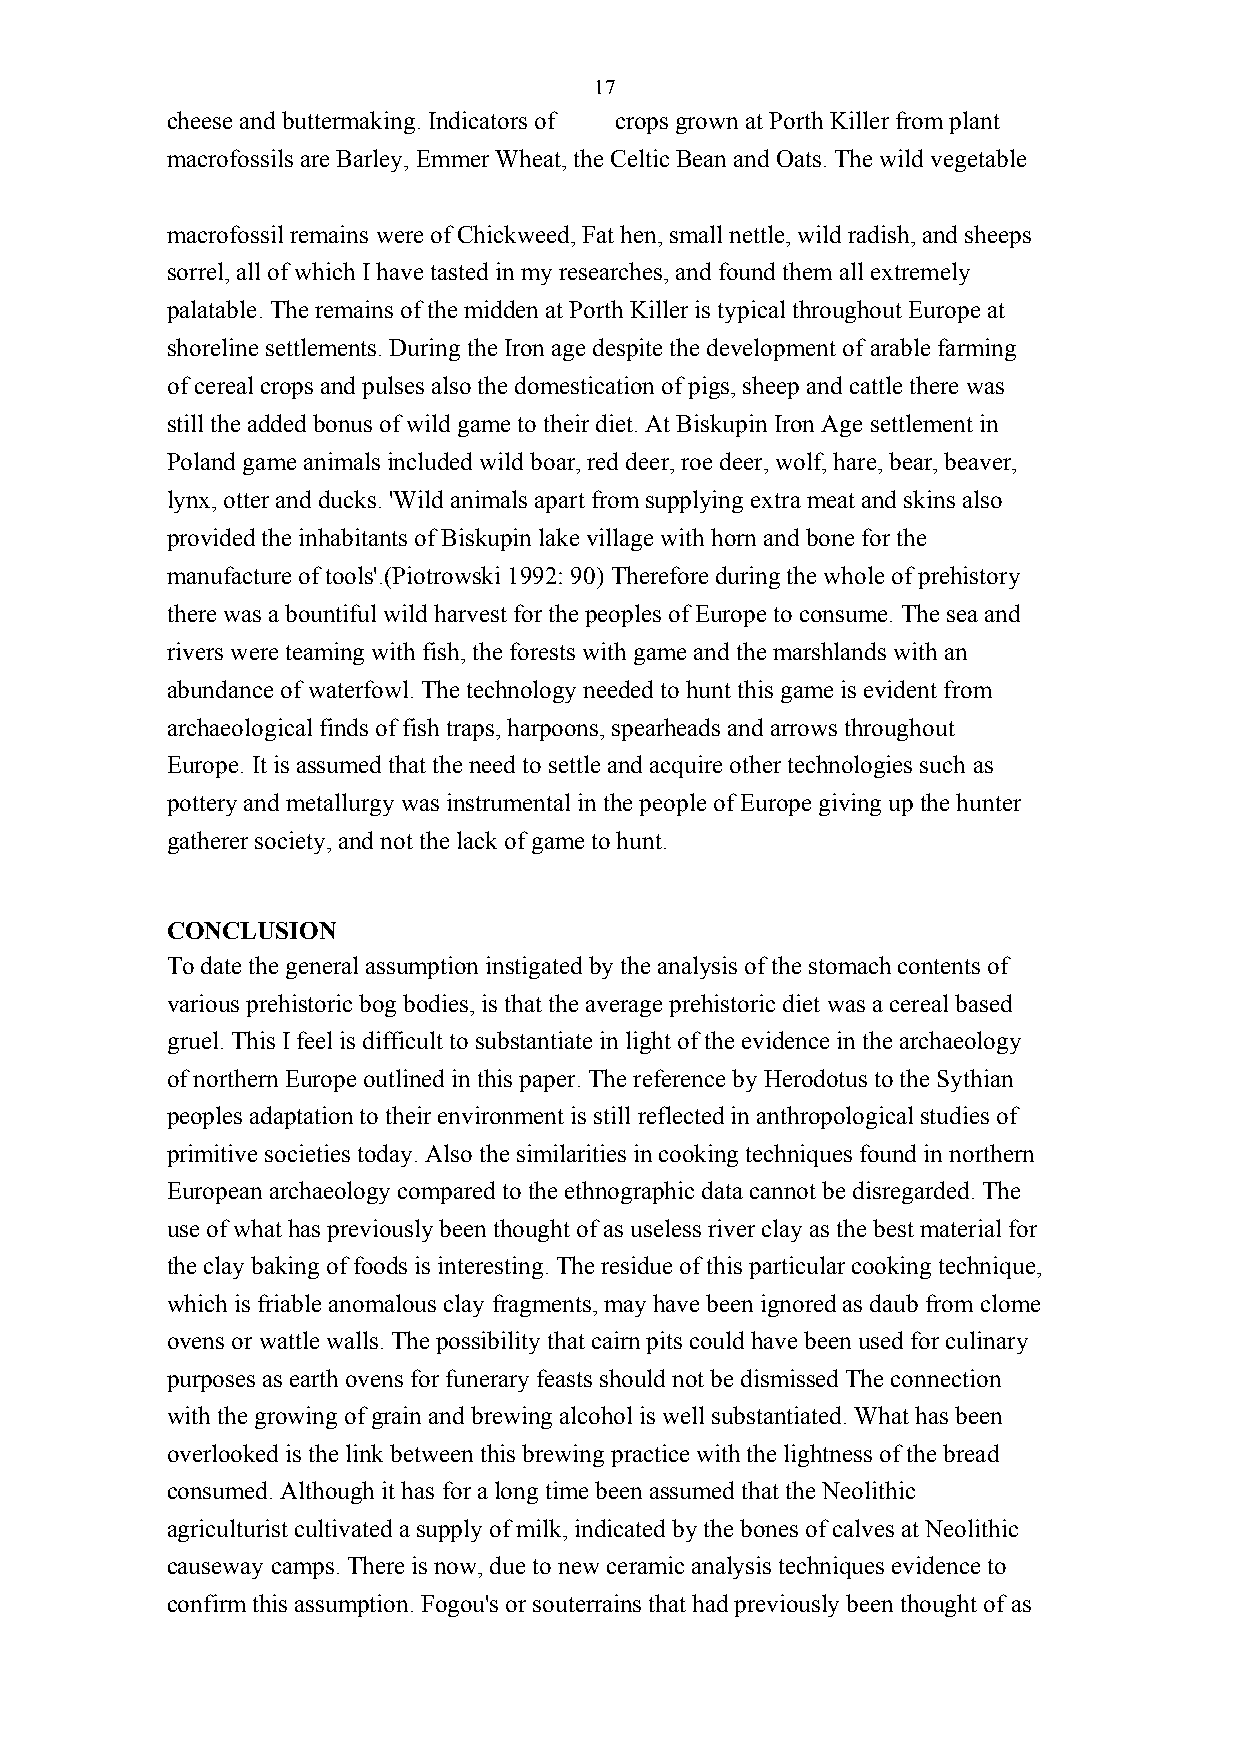
17
 cheese and buttermaking. Indicators of crops grown at Porth Killer from plant
 macrofossils are Barley, Emmer Wheat, the Celtic Bean and Oats. The wild vegetable
 macrofossil remains were of Chickweed, Fat hen, small nettle, wild radish, and sheeps
 sorrel, all of which I have tasted in my researches, and found them all extremely
 palatable. The remains of the midden at Porth Killer is typical throughout Europe at
 shoreline settlements. During the Iron age despite the development of arable farming
 of cereal crops and pulses also the domestication of pigs, sheep and cattle there was
 still the added bonus of wild game to their diet. At Biskupin Iron Age settlement in
 Poland game animals included wild boar, red deer, roe deer, wolf, hare, bear, beaver,
 lynx, otter and ducks. 'Wild animals apart from supplying extra meat and skins also
 provided the inhabitants of Biskupin lake village with horn and bone for the
 manufacture of tools'.(Piotrowski 1992: 90) Therefore during the whole of prehistory
 there was a bountiful wild harvest for the peoples of Europe to consume. The sea and
 rivers were teaming with fish, the forests with game and the marshlands with an
 abundance of waterfowl. The technology needed to hunt this game is evident from
 archaeological finds of fish traps, harpoons, spearheads and arrows throughout
 Europe. It is assumed that the need to settle and acquire other technologies such as
 pottery and metallurgy was instrumental in the people of Europe giving up the hunter
 gatherer society, and not the lack of game to hunt.
 CONCLUSION
 To date the general assumption instigated by the analysis of the stomach contents of
 various prehistoric bog bodies, is that the average prehistoric diet was a cereal based
 gruel. This I feel is difficult to substantiate in light of the evidence in the archaeology
 of northern Europe outlined in this paper. The reference by Herodotus to the Sythian
 peoples adaptation to their environment is still reflected in anthropological studies of
 primitive societies today. Also the similarities in cooking techniques found in northern
 European archaeology compared to the ethnographic data cannot be disregarded. The
 use of what has previously been thought of as useless river clay as the best material for
 the clay baking of foods is interesting. The residue of this particular cooking technique,
 which is friable anomalous clay fragments, may have been ignored as daub from clome
 ovens or wattle walls. The possibility that cairn pits could have been used for culinary
 purposes as earth ovens for funerary feasts should not be dismissed The connection
 with the growing of grain and brewing alcohol is well substantiated. What has been
 overlooked is the link between this brewing practice with the lightness of the bread
 consumed. Although it has for a long time been assumed that the Neolithic
 agriculturist cultivated a supply of milk, indicated by the bones of calves at Neolithic
 causeway camps. There is now, due to new ceramic analysis techniques evidence to
 confirm this assumption. Fogou's or souterrains that had previously been thought of as